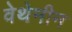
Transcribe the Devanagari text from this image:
वेथेनीन